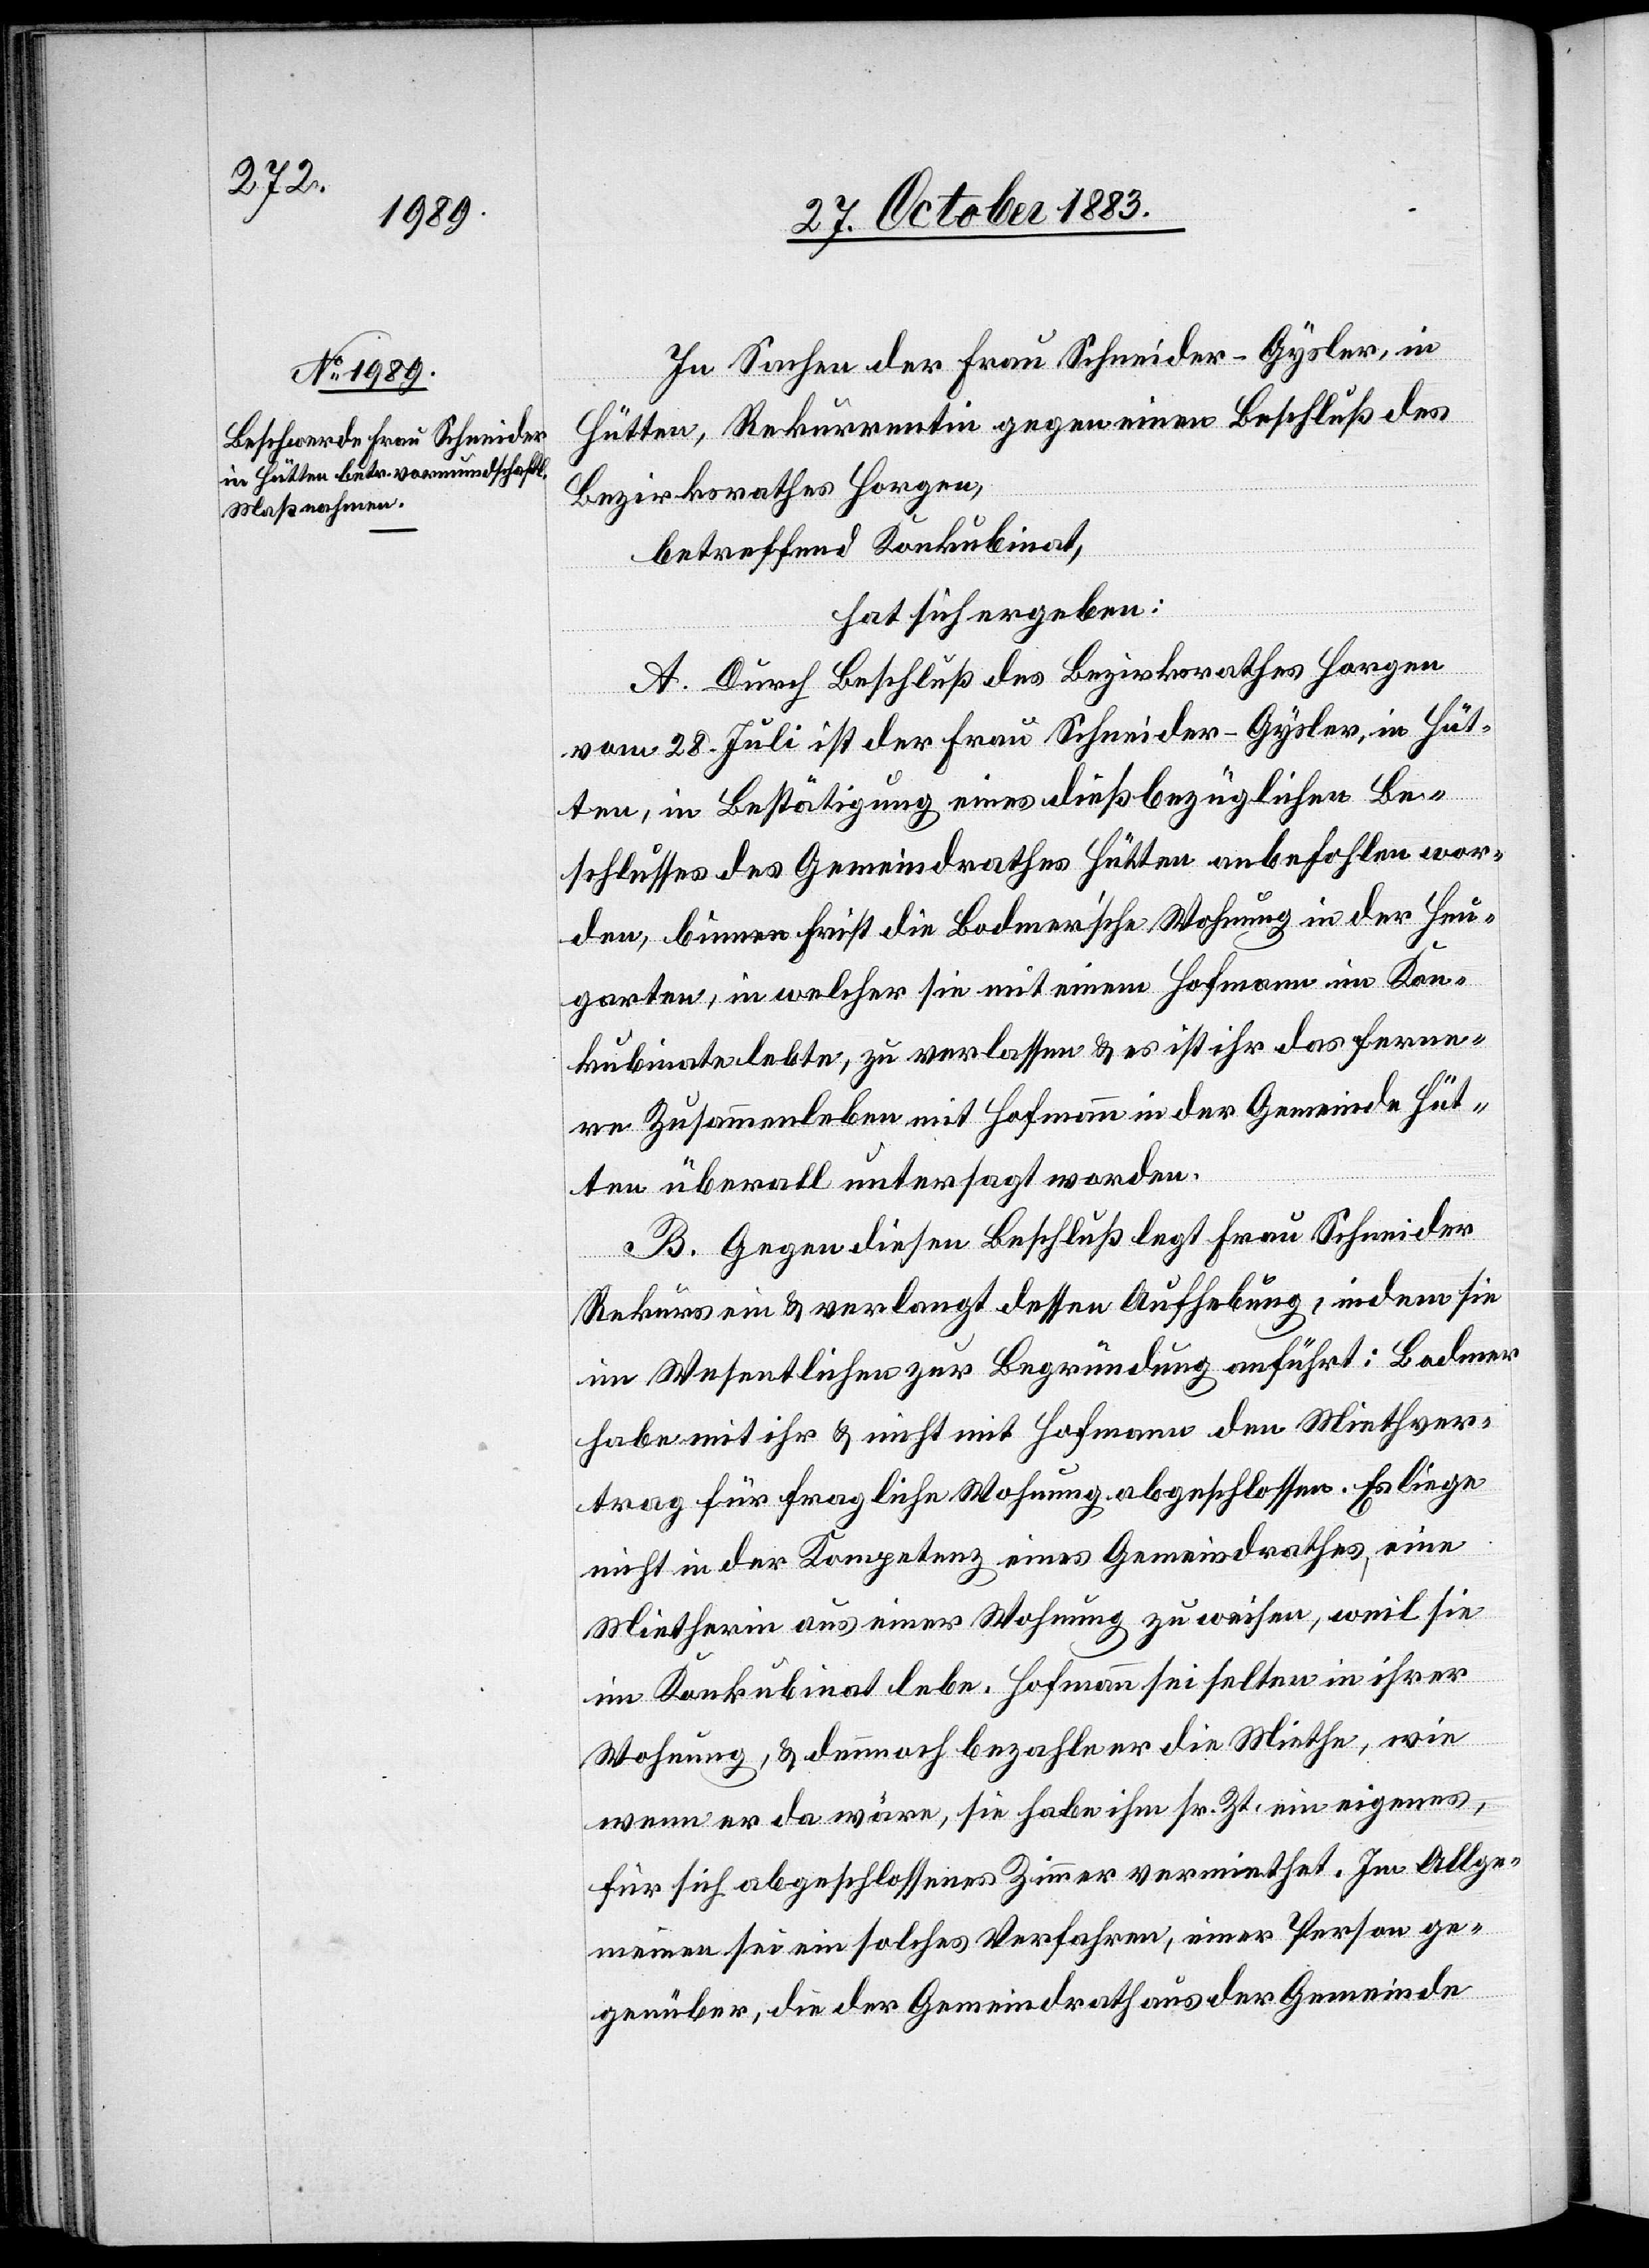
In Sachen der Frau Schneider-Gysler, in
Hütten, Rekurrentin gegen einen Beschluß des
Bezirksrathes Horgen,
betreffend Konkubinat,
hat sich ergeben:
A. Durch Beschluß des Bezirksrathes Horgen
vom 28. Juli ist der Frau Schneider-Gysler in Hüt¬
ten, in Bestätigung eines dießbezüglichen Be¬
schlusses des Gemeindrathes Hütten anbefohlen wor¬
den, binnen Frist die Bodmer’sche Wohnung in der Heu¬
garten, in welcher sie mit einem Hofmann im Kon¬
kubinate lebte, zu verlassen & es ist ihr das ferne¬
re Zusammenleben mit Hofmann in der Gemeinde Hüt¬
ten überall untersagt worden.
B. Gegen diesen Beschluß legt Frau Schneider
Rekurs ein & verlangt dessen Aufhebung, indem sie
im Wesentlichen zur Begründung anführt: Bodmer
habe mit ihr & nicht mit Hofmann den Miethver¬
trag für die fragliche Wohnung abgeschlossen. Es liege
nicht in der Kompetenz eines Gemeindrathes, eine
Mietherin aus einer Wohnung zu weisen, weil sie
im Konkubinat lebe. Hofmann sei selten in ihrer
Wohnung, & dennnoch bezahle er die Miethe, wie
wenn er da wäre, sie habe ihm sr. Zt. ein eigenes,
für sich abgeschlossenes Zimmer vemiethet. Im Allge¬
meinen sei ein solche Verfahren, einer Person ge¬
genüber, die der Gemeindrath aus der Gemeinde